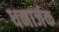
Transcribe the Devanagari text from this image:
धनार्जक